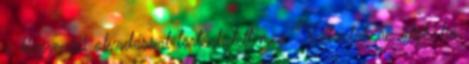
a kiegyezési olvadással történhetett meg. Változtak az idők, bő